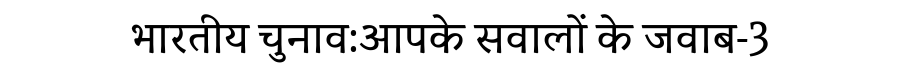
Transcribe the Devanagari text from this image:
भारतीय चुनाव:आपके सवालों के जवाब-3